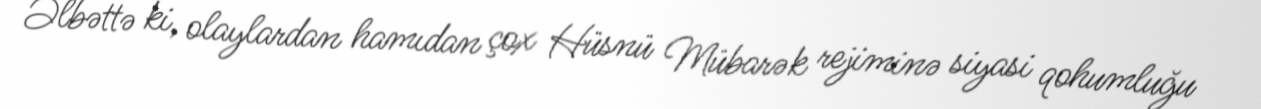
Əlbəttə ki, olaylardan hamıdan çox Hüsnü Mübarək rejiminə siyasi qohumluğu